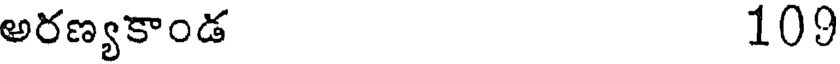
అరణ్యకాండ 109